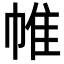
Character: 帷